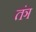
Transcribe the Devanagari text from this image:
तंञ